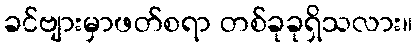
ခင်ဗျားမှာဖတ်စရာ တစ်ခုခုရှိသလား။